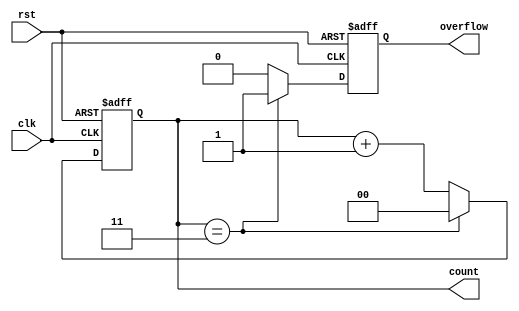
module divide_by_n_counter #(
    parameter N = 4 // Parameterized for N, default is 4
)(
    input wire clk,         // Clock signal
    input wire rst,         // Asynchronous reset signal
    output reg [clog2(N)-1:0] count, // Binary output count
    output reg overflow     // Overflow signal
);

    // Function to calculate the log base 2 of a number
    function integer clog2;
        input integer value;
        begin
            clog2 = 0;
            while (2**clog2 < value) begin
                clog2 = clog2 + 1;
            end
        end
    endfunction

    // Always block for counter logic
    always @(posedge clk or posedge rst) begin
        if (rst) begin
            count <= 0;            // Asynchronous reset to 0
            overflow <= 0;         // Reset overflow signal
        end else begin
            if (count == (N - 1)) begin
                count <= 0;        // Reset count upon reaching N
                overflow <= 1;     // Assert overflow signal
            end else begin
                count <= count + 1; // Increment count
                overflow <= 0;      // Deassert overflow signal
            end
        end
    end

endmodule